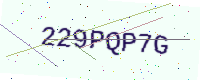
Text: 229PQP7G